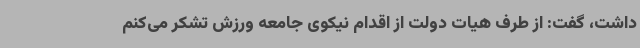
داشت، گفت: از طرف هیات دولت از اقدام نیکوی جامعه ورزش تشکر می‌کنم